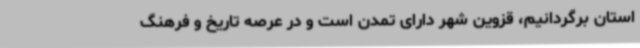
استان برگردانیم، قزوین شهر دارای تمدن است و در عرصه تاریخ و فرهنگ